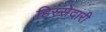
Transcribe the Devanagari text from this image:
हिस्‍सेदारी